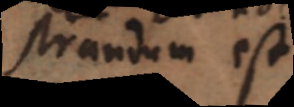
Notandum est